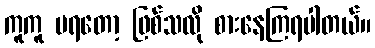
ကူကူ မရတော့ ဖြစ်သလို စားနေကြရပါတယ်။